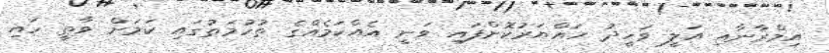
އިމްރާނާއި އަލީ ވަހީދު ހައްޔަރުކޮށްފައި ވަނީ އެއްކަމެއްގެ ތުހުމަތުގައި ކަމަށް ވާތީ ހައި